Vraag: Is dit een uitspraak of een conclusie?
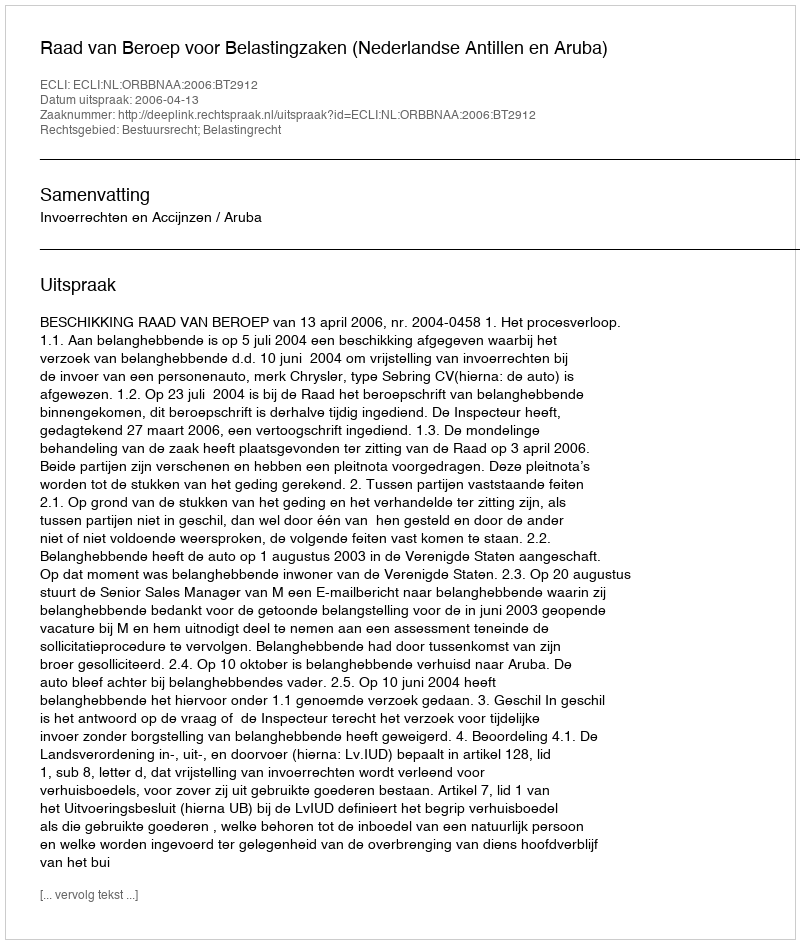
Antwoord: Uitspraak